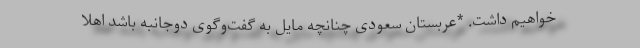
خواهیم داشت. *عربستان سعودی چنانچه مایل به گفت‌وگوی دوجانبه باشد اهلا